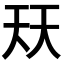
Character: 𭑈